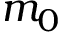
m _ { 0 }